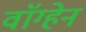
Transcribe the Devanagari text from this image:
वाॅग्हेन